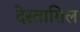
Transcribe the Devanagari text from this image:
देस्ताग़िल